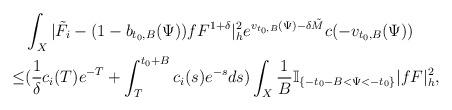
LaTeX: \begin{align*} & \int_{X}|\tilde{F}_i-(1-b_{t_0,B}(\Psi))fF^{1+\delta}|^2_he^{v_{t_0,B}(\Psi)-\delta \tilde{M}}c(-v_{t_0,B}(\Psi)) \\ \le & (\frac{1}{\delta}c_i(T)e^{-T}+\int_{T}^{t_0+B}c_i(s)e^{-s}ds) \int_{X}\frac{1}{B}\mathbb{I}_{\{-t_0-B<\Psi<-t_0\}}|fF|^2_h, \end{align*}